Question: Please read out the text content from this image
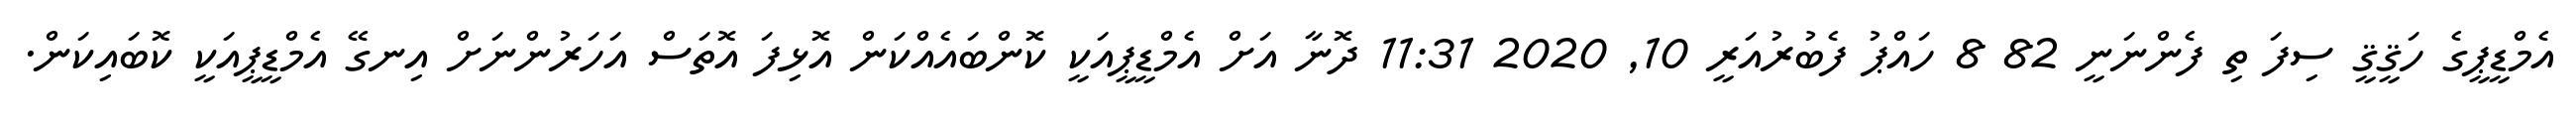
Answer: އެމްޑީޕީގެ ހަޤީޤީ ސިފަ ތި ފެންނަނީ 82 8 ހައްޕު ފެބުރުއަރީ 10, 2020 11:31 ދޮނާ އަށް އެމްޑީޕީއަކީ ކޮންބައެއްކަން އޮޅިފަ އޮތަސް އަހަރުންނަށް އިނގޭ އެމްޑީޕީއަކީ ކޮބައިކަން.